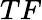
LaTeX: TF